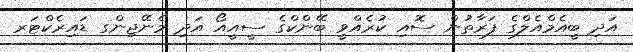
އަދި ބީއެމްއެލްގެ ފަރާތުން ސޮއި ކުރެއްވީ ބޭންކްގެ ސީއީއޯ އަދި މެނޭޖިންގ ޑައިރެކްޓަރ